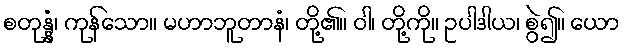
စတုန္နံ၊ ကုန်သော။ မဟာဘူတာနံ၊ တို့၏။ ဝါ၊ တို့ကို။ ဥပါဒါယ၊ စွဲ၍။ ယော